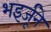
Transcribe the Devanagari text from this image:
भइर्जूने